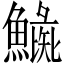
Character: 𩻼